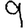
Digit: 9